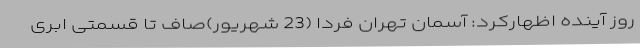
روز آینده اظهارکرد: آسمان تهران فردا (23 شهریور)صاف تا قسمتی ابری